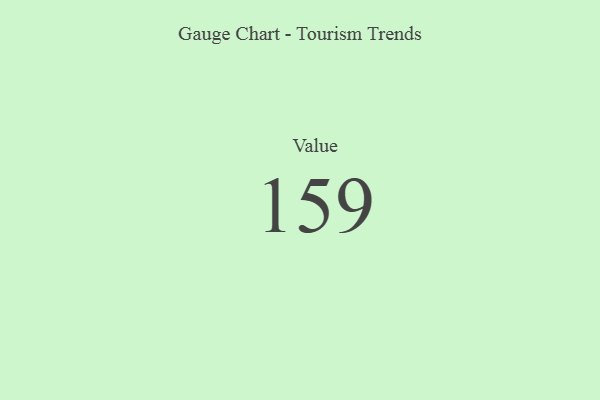
{"axis": {"x": "Metric", "y": "Value"}, "legend": [""], "data": [{"x": "Value", "y": 159, "type": ""}]}